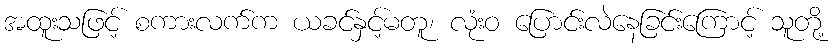
အထူးသဖြင့် စကားလက်က ယခင်နှင့်မတူ၊ လုံးဝ ပြောင်းလဲနေခြင်းကြောင့် သူတို့